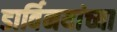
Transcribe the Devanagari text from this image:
डार्विनयांच्या